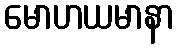
မောဟယမာနာ